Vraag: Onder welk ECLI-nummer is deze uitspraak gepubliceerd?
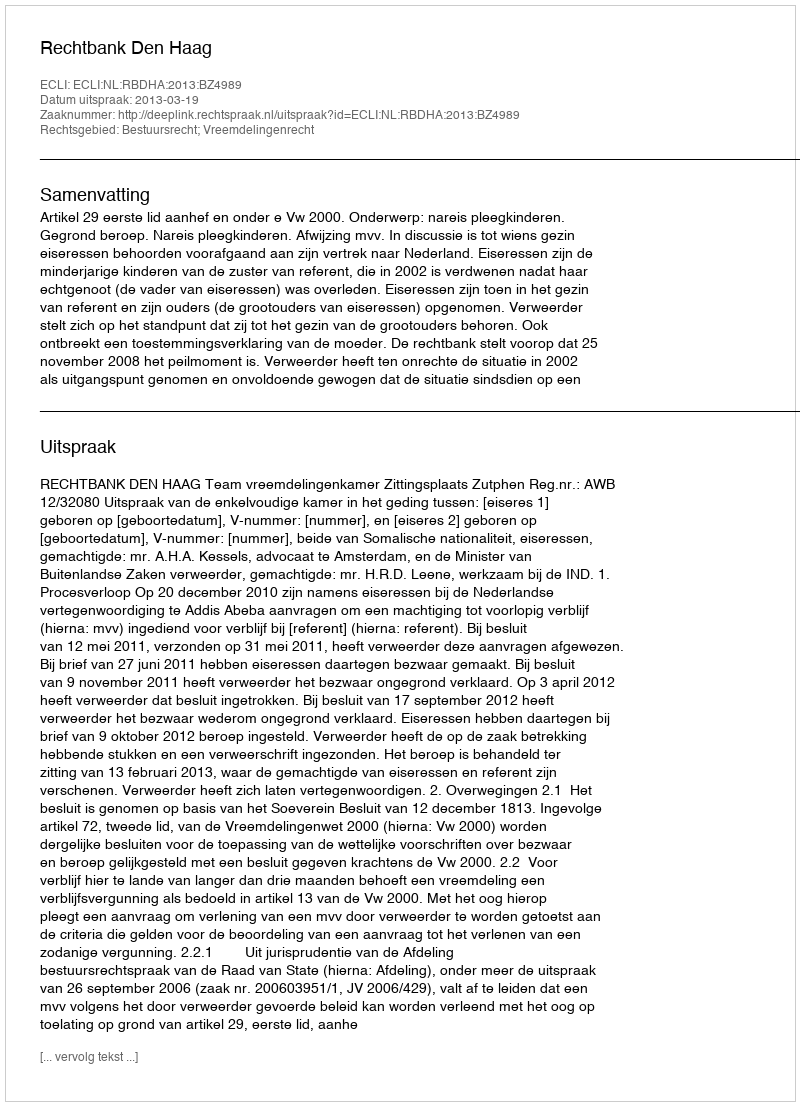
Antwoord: ECLI:NL:RBDHA:2013:BZ4989